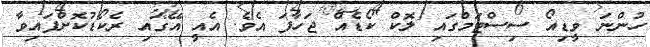
ހުންނަ ވީޑިއޯ ސިސްޓަމްގައި ލޮކް ކޯޑެއް ޖަހާފަ އެވެ. އެއީ އޭގައި ރެކޯޑުކޮށްފައިވާ